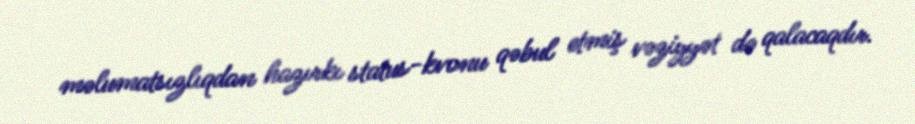
məlumatsızlıqdan hazırkı status-kvonu qəbul etmiş vəziyyət də qalacaqdır.